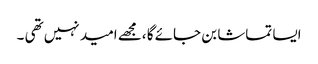
ایسا تماشا بن جائے گا ،مجھے امید نہیں تھی ۔